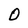
Character: O